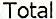
TOTAL